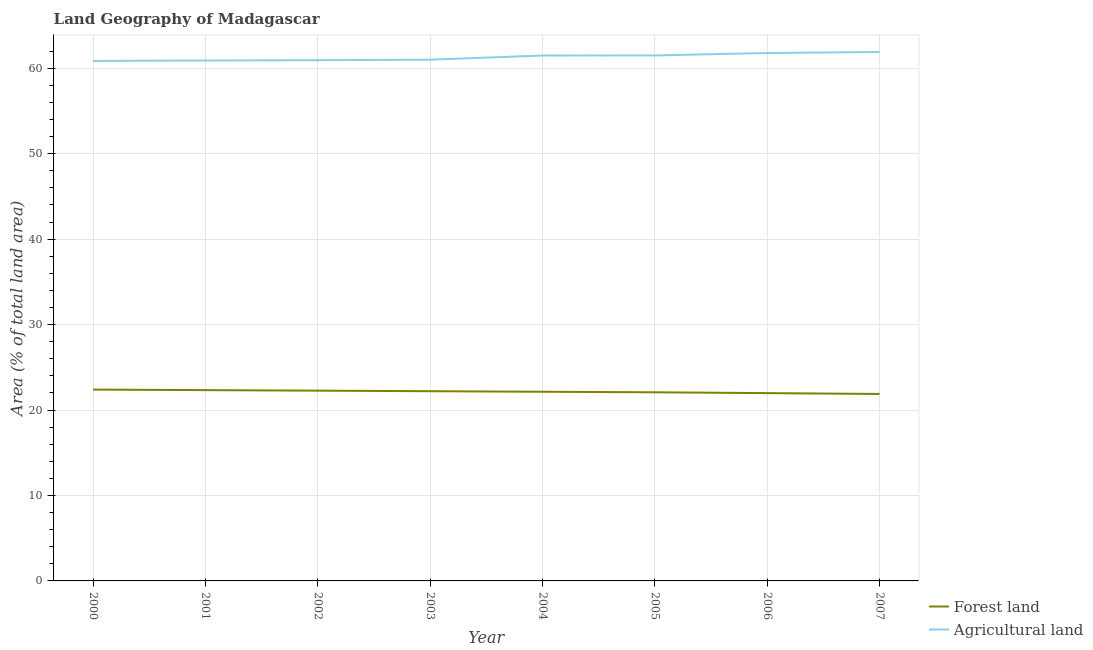
| Year | Forest land | Agricultural land |
 | --- | --- | --- |
 | 2000 | 22.4 | 60.9 |
 | 2001 | 22.3 | 60.9 |
 | 2002 | 22.3 | 60.9 |
 | 2003 | 22.2 | 61 |
 | 2004 | 22.1 | 61.5 |
 | 2005 | 22.1 | 61.5 |
 | 2006 | 22 | 61.8 |
 | 2007 | 21.9 | 61.9 |